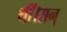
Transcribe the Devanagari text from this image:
थीं।सन्